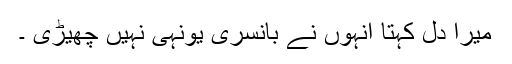
میرا دل کہتا انہوں نے بانسری یونہی نہیں چھیڑی ۔